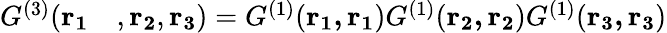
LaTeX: \begin{array}{rl}{G^{(3)}(\mathbf{r_{1}}}&{{},\mathbf{r_{2}},\mathbf{r_{3}})={G^{(1)}}(\mathbf{r_{1},r_{1}}){G^{(1)}}(\mathbf{r_{2},r_{2}}){G^{(1)}}(\mathbf{r_{3},r_{3}})}\end{array}